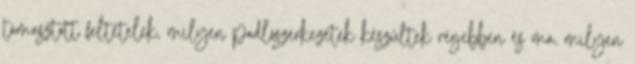
támasztott feltételek, milyen padlószerkezetek készültek régebben és ma, milyen